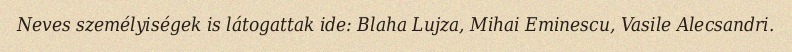
Neves személyiségek is látogattak ide: Blaha Lujza, Mihai Eminescu, Vasile Alecsandri.